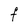
Character: F